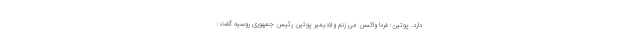
دارد. پوتین: فردا واکسن می زنم ولادیمیر پوتین رئیس جمهوری روسیه گفت: